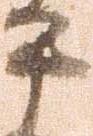
平